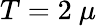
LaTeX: T=2~\mu